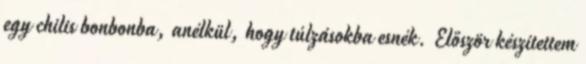
egy chilis bonbonba, anélkül, hogy túlzásokba esnék. Először készítettem